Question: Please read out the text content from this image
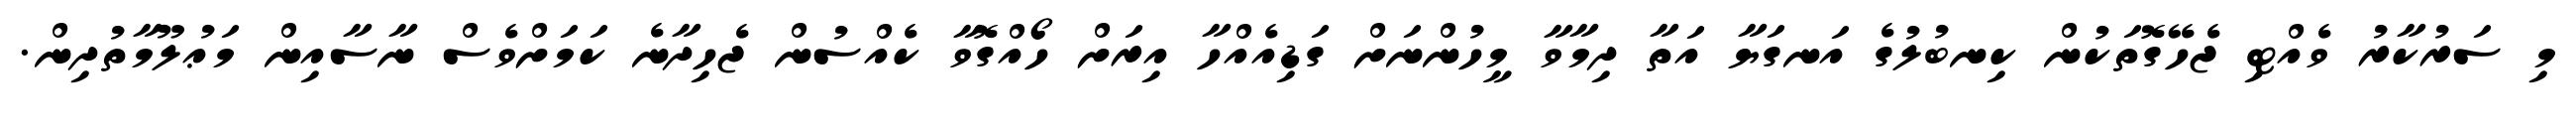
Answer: މި ސަރުކާރު ވެއްޓި ޖެހޭގޮތަކުން ކިނބުލުގެ އަނގަޔާ އަތާ ދިމާވާ މީހުންނަށް ގަޑިއެއްހާ އިރަށް ހޯއްގޮވާ ކެއްސުން ޖެހިދާނެ ކަމަށްވެސް ނާސާއިން މަޢުލޫމާތުދިން.